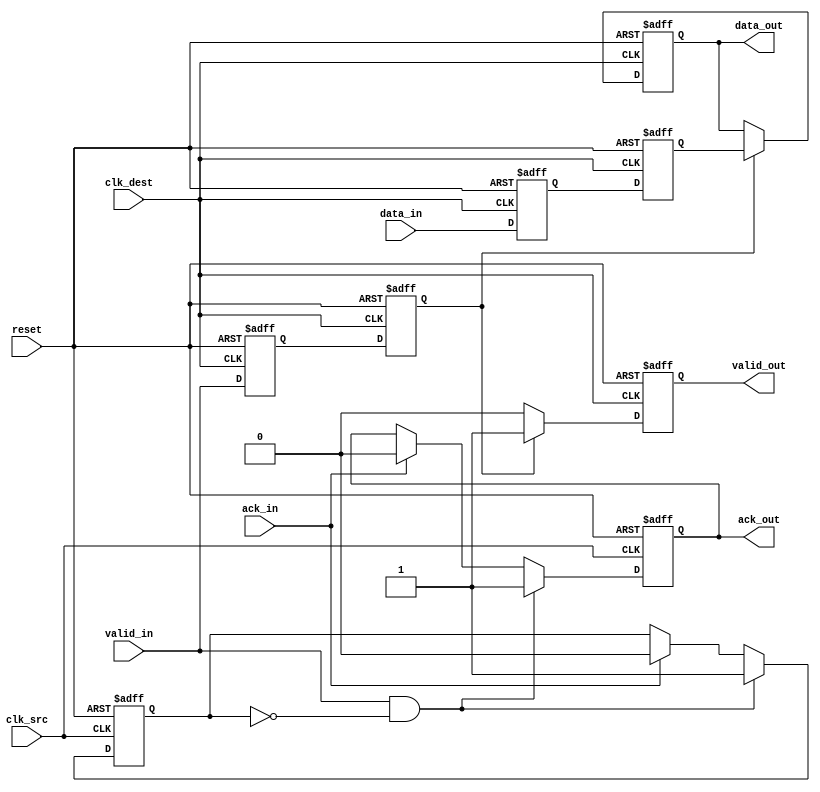
module handshake_synchronizer (
    input wire        clk_src,       // Clock for source domain
    input wire        clk_dest,      // Clock for destination domain
    input wire        reset,         // Active high reset signal
    input wire [7:0] data_in,       // Data input from source domain
    input wire        valid_in,      // Valid signal indicating data is ready to send
    output reg [7:0] data_out,      // Synchronized data output for destination domain
    output reg       valid_out,      // Valid signal indicating data is ready in destination domain
    output reg       ack_out,        // Acknowledgment from source domain
    input wire       ack_in          // Acknowledgment from destination domain
);

    // Internal signals for synchronization
    reg [7:0] data_sync1, data_sync2;
    reg valid_sync1, valid_sync2;

    // State machine for handshake
    reg ack_sent;

    // Source domain logic
    always @(posedge clk_src or posedge reset) begin
        if (reset) begin
            ack_out <= 1'b0;
            ack_sent <= 1'b0;
        end else begin
            if (valid_in && !ack_sent) begin
                ack_out <= 1'b1; // Assert ack_out to indicate data is being sent
                ack_sent <= 1'b1; // Indicate that we have sent the data
            end else if (ack_in) begin
                ack_out <= 1'b0; // Clear ack_out when ack_in is received
                ack_sent <= 1'b0; // Reset ack_sent for the next transfer
            end
        end
    end

    // Synchronization logic for data and valid signals
    always @(posedge clk_dest or posedge reset) begin
        if (reset) begin
            data_out <= 8'b0;
            valid_out <= 1'b0;
            data_sync1 <= 8'b0;
            data_sync2 <= 8'b0;
            valid_sync1 <= 1'b0;
            valid_sync2 <= 1'b0;
        end else begin
            // Synchronize data and valid signals
            data_sync1 <= data_in;
            valid_sync1 <= valid_in;
            data_sync2 <= data_sync1;
            valid_sync2 <= valid_sync1;

            // Output the synchronized data and valid signals
            if (valid_sync2) begin
                data_out <= data_sync2;
                valid_out <= 1'b1; // Data is valid for the destination
            end else begin
                valid_out <= 1'b0; // Clear valid_out if not valid
            end
        end
    end

endmodule